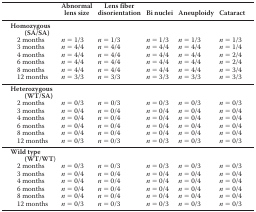
<table><thead><tr><td></td><td><b>Abnormal lens size</b></td><td><b>Lens fiber disorientation</b></td><td><b>Bi nuclei</b></td><td><b>Aneuploidy</b></td><td><b>Cataract</b></td></tr></thead><tbody><tr><td colspan="6"><b>Homozygous (SA/SA)</b></td></tr><tr><td>2 months</td><td><i>n</i> = 1/3</td><td><i>n</i> = 1/3</td><td><i>n</i> = 1/3</td><td><i>n</i> = 1/3</td><td><i>n</i> = 1/3</td></tr><tr><td>3 months</td><td><i>n</i> = 4/4</td><td><i>n</i> = 4/4</td><td><i>n</i> = 4/4</td><td><i>n</i> = 4/4</td><td><i>n</i> = 1/4</td></tr><tr><td>4 months</td><td><i>n</i> = 4/4</td><td><i>n</i> = 4/4</td><td><i>n</i> = 4/4</td><td><i>n</i> = 4/4</td><td><i>n</i> = 2/4</td></tr><tr><td>6 months</td><td><i>n</i> = 4/4</td><td><i>n</i> = 4/4</td><td><i>n</i> = 4/4</td><td><i>n</i> = 4/4</td><td><i>n</i> = 2/4</td></tr><tr><td>8 months</td><td><i>n</i> = 4/4</td><td><i>n</i> = 4/4</td><td><i>n</i> = 4/4</td><td><i>n</i> = 4/4</td><td><i>n</i> = 3/4</td></tr><tr><td>12 months</td><td><i>n</i> = 3/3</td><td><i>n</i> = 3/3</td><td><i>n</i> = 3/3</td><td><i>n</i> = 3/3</td><td><i>n</i> = 3/3</td></tr><tr><td colspan="6"><b>Heterozygous (WT/SA)</b></td></tr><tr><td>2 months</td><td><i>n</i> = 0/3</td><td><i>n</i> = 0/3</td><td><i>n</i> = 0/3</td><td><i>n</i> = 0/3</td><td><i>n</i> = 0/3</td></tr><tr><td>3 months</td><td><i>n</i> = 0/4</td><td><i>n</i> = 0/4</td><td><i>n</i> = 0/4</td><td><i>n</i> = 0/4</td><td><i>n</i> = 0/4</td></tr><tr><td>4 months</td><td><i>n</i> = 0/4</td><td><i>n</i> = 0/4</td><td><i>n</i> = 0/4</td><td><i>n</i> = 0/4</td><td><i>n</i> = 0/4</td></tr><tr><td>6 months</td><td><i>n</i> = 0/4</td><td><i>n</i> = 0/4</td><td><i>n</i> = 0/4</td><td><i>n</i> = 0/4</td><td><i>n</i> = 0/4</td></tr><tr><td>8 months</td><td><i>n</i> = 0/4</td><td><i>n</i> = 0/4</td><td><i>n</i> = 0/4</td><td><i>n</i> = 0/4</td><td><i>n</i> = 0/4</td></tr><tr><td>12 months</td><td><i>n</i> = 0/3</td><td><i>n</i> = 0/3</td><td><i>n</i> = 0/3</td><td><i>n</i> = 0/3</td><td><i>n</i> = 0/3</td></tr><tr><td colspan="6"><b>Wild type (WT/WT</b>)</td></tr><tr><td>2 months</td><td><i>n</i> = 0/3</td><td><i>n</i> = 0/3</td><td><i>n</i> = 0/3</td><td><i>n</i> = 0/3</td><td><i>n</i> = 0/3</td></tr><tr><td>3 months</td><td><i>n</i> = 0/4</td><td><i>n</i> = 0/4</td><td><i>n</i> = 0/4</td><td><i>n</i> = 0/4</td><td><i>n</i> = 0/4</td></tr><tr><td>4 months</td><td><i>n</i> = 0/4</td><td><i>n</i> = 0/4</td><td><i>n</i> = 0/4</td><td><i>n</i> = 0/4</td><td><i>n</i> = 0/4</td></tr><tr><td>6 months</td><td><i>n</i> = 0/4</td><td><i>n</i> = 0/4</td><td><i>n</i> = 0/4</td><td><i>n</i> = 0/4</td><td><i>n</i> = 0/4</td></tr><tr><td>8 months</td><td><i>n</i> = 0/4</td><td><i>n</i> = 0/4</td><td><i>n</i> = 0/4</td><td><i>n</i> = 0/4</td><td><i>n</i> = 0/4</td></tr><tr><td>12 months</td><td><i>n</i> = 0/3</td><td><i>n</i> = 0/3</td><td><i>n</i> = 0/3</td><td><i>n</i> = 0/3</td><td><i>n</i> = 0/3</td></tr></tbody></table>